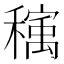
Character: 𰨺